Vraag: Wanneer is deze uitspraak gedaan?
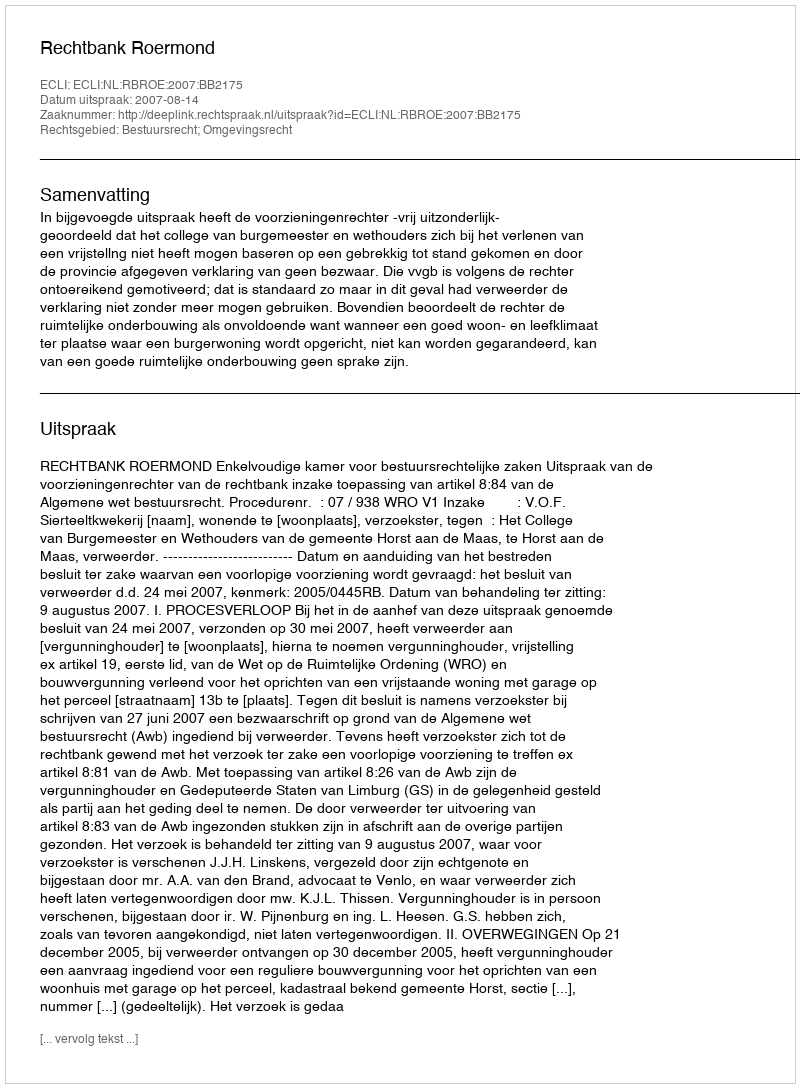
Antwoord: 2007-08-14